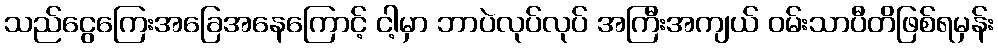
သည်ငွေကြေးအခြေအနေကြောင့် ငါ့မှာ ဘာပဲလုပ်လုပ် အကြီးအကျယ် ဝမ်းသာပီတိဖြစ်ရမှန်း